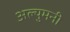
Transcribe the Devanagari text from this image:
अल्युमनी